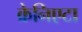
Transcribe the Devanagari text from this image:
क्रेनिएटा